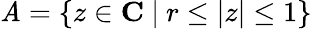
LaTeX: \mathit{A}=\left\{ z\in{\mathbf{C}}\ |\ r\le|z|\le1\right\}